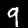
Label: 9